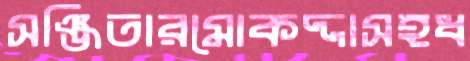
সঞ্জিতারমোকদ্দাসহধ